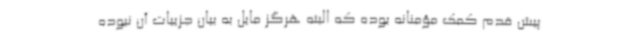
پیش قدم کمک مؤمنانه بوده که البته هرگز مایل به بیان جزییات آن نبوده